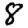
Digit: 8